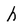
Character: h